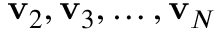
\mathbf { v } _ { 2 } , \mathbf { v } _ { 3 } , \dots , \mathbf { v } _ { N }